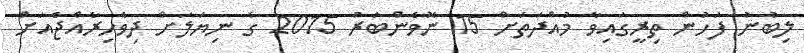
ލިބުނު ފަހުން ތިރީގައިވާ މުއްދަތަށް 15 ނޮވެންބަރު 2015 ގެ ނިޔަލަށް ދިވެހިރާއްޖެއަށް